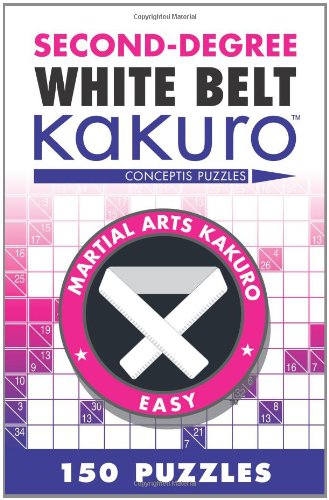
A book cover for Second-Degree White Belt Kakuro (Martial Arts Puzzles Series); Conceptis Puzzles; Humor & Entertainment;